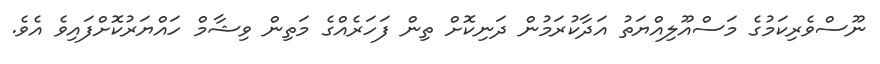
ނޫސްވެރިކަމުގެ މަސްއޫލިއްޔަތު އަދާކުރަމުން ދަނިކޮށް ތިން ފަހަރެއްގެ މަތިން ވިޝާމް ހައްޔަރުކޮށްފައިވެ އެވެ.